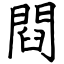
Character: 閰